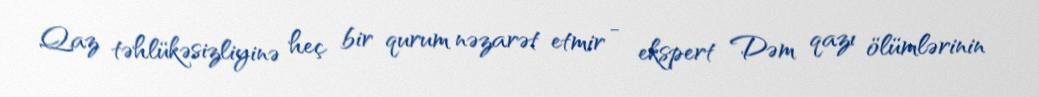
Qaz təhlükəsizliyinə heç bir qurum nəzarət etmir - ekspert Dəm qazı ölümlərinin